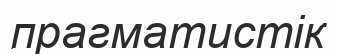
прагматистік